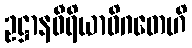
ဥဋ္ဌာနဝီရိယာဓိဂတေဟိ